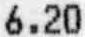
6.20